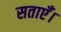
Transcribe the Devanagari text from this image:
सताएँ।